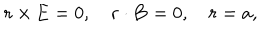
{ \mathbf { r } } \times { \mathbf { E } } = 0 , \quad { \mathbf { r } } \cdot { \mathbf { B } } = 0 , \quad r = a ,